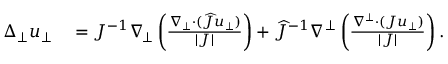
\begin{array} { r l } { \Delta _ { \bot } u _ { \bot } } & { { } = J ^ { - 1 } \nabla _ { \! \bot } \left( \frac { \nabla _ { \bot } \cdot ( \widehat { J } u _ { \bot } ) } { | J | } \right) + \widehat { J } ^ { - 1 } \nabla ^ { \bot } \left( \frac { \nabla ^ { \bot } \cdot ( J u _ { \bot } ) } { | J | } \right) . } \end{array}